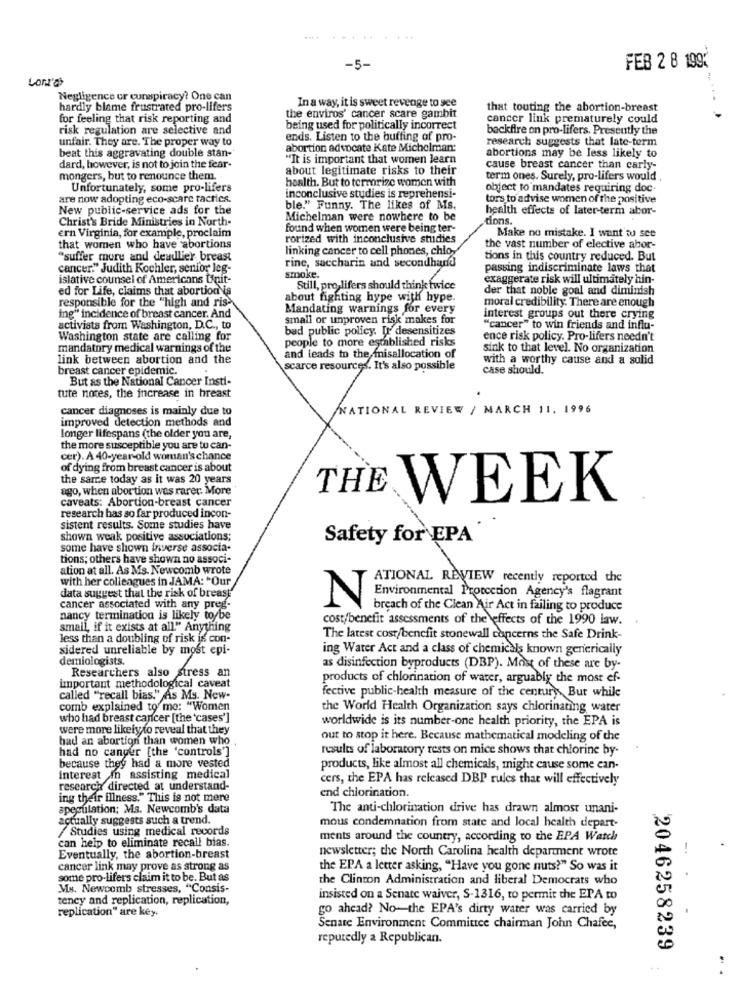
FEB 2 8 199%
-5-
Lon'a
Negligence or conspiracy? One can
In a way, it is sweet revenge to see
hardly blame frustrated pro-lifers
the enviros' cancer scare gambit
that touting the abortion-breast
for feeling that risk reporting and
cancer link prematurely could
risk regulation are selective and
being used for politically incorrect
backfire on pro-lifers. Presently the
unfair. They are. The proper way to
ends. Listen to the buffing of pro-
research suggests that late-term
beat this aggravating double stan-
abortion advocate Kate Michelman:
"It is important that women learn
abortions may be less likely to
dard, however, is not to join the fear-
about legitimate risks to their
cause breast cancer than carly-
mongers, but to renounce them.
hoalth. But to termrize women with
term ones. Surely, pro-lifers would
Unfortunately, some pro-lifers
object to mandates requiring doc-
are now adopting eco-scare tactics.
inconclusive studies is reprehensi-
tors to advise women of the positive
New public-service ads for the
ble." Funny. The likes of Ms.
health effects of later-term abor-
Christ's Bride Ministries in North-
Michelman were nowhere to be
tions.
found when women were being ter-
ern Virginia, for example, proclaim
rorized with inconclusive studies
Make no mistake. I want to see
that women who have abortions
linking cancer to cell phones, chlo,
the vast number of elective abor-
"suffer more and deadlier breast
tions in this country reduced. But
cancer." Judith Kochler, senior leg-
rine, saccharin and secondhand
passing indiscriminate laws that
islative counsel of Americans Unit-
smoke.
exaggerate risk will ultimately hin-
ed for Life, claims that abortion is
Still, pro lifers should think twice
der that noble goal and diminish
responsible for the "high and ris-
about fighting hype with hype.
moral credibility. There are enough
Mandating warnings for every
ing" incidence of breast cancer. And
small or unproven risk makes for
interest groups out there crying
activists from Washington, D.C ., to
bad public policy. Ir desensitizes
"cancer" to win friends and influ-
Washington state are calling for
people to more established risks
ence risk policy. Pro-lifers needn't
mandatory medical warnings of the
sink to that level. No organization
link between abortion and the
and leads to the misallocation of
with a worthy cause and a solid
breast cancer epidemic.
scarce resources. It's also possible
case should.
But as the National Cancer Insti-
tute notes, the increase in breast
cancer diagnoses is mainly due to
NATIONAL REVIEW / MARCH 11. 1996
improved detection methods and
longer lifespans (the older you are,
the more susceptible you are tu can-
cer). A 40-year-old woman's chance
of dying from breast cancer is about
the sarre today as it was 20 years
ago, when abortion was rarer. More
THE
caveats: Abortion-breast cancer
WEEK
research has so far produced incon-
sistent results. Some studies have
shown weak positive associations;
Safety for EPA
some have shown inverse associa-
tions; others have shown no associ-
ation at all. As Mis. Newcomb wrote
with her colleagues in JAMA: "Our
ATIONAL REVIEW recently reported the
data suggest that the risk of breast
Environmental Protection Agency's flagrant
cancer associated with any preg-
breach of the Clean Air Act in failing to produce
nancy termination is likely to be
cost/benefit assessments of the effects of the 1990 law.
smail, if it exists at all." Anything
less than a doubling of risk is con-
The latest cost/benefit stonewall concerns the Safe Drink-
sidered unreliable by most epi-
ing Water Act and a class of chemicals known generically
demiologists.
Researchers also stress an
as disinfection byproducts (DBP). Most of these are by-
products of chlorination of water, arguably the most ef-
important methodological caveat
fective public-health measure of the century. But while
called "recall bias." As Ms. New-
comb explained to mo: "Women
the World Health Organization says chlorinating water
who had breast cancer [the 'cases']
worldwide is its number-one health priority, the EPA is
were more likely to reveal that they
had an abortion than women who
out to stop it here. Because mathematical modeling of the
had no canger [the 'controls']
results of laboratory rests on mice shows that chlorine by-
because they had a more vested
products, like almost all chemicals, might cause some can-
Interest in assisting medical
cers, the EPA has released DBP rules that will effectively
research directed at understand-
end chlorination.
ing their illness." This is not mere
speculation; Ms. Newcomb's data
The anti-chlorination drive has drawn almost unani-
actually suggests such a trend.
mous condemnation from state and local health depart-
/Studies using medical records
can help to eliminate recall bias.
ments around the country, according to the EPA Watch
newsletter; the North Carolina health department wrote
-.
Eventually, the abortion-breast
cancer link may prove as strong as
the EPA a letter asking, "Have you gone nuts?" So was it
some pro-lifers claim it to be. But as
the Clinton Administration and liberal Democrats who
Ms. Newcomb stresses, "Consis-
tency and replication, replication,
insisted on a Senate waiver, S-1316, to permit the EPA to
replication" are key.
go ahead? No-the EPA's dirty water was carried by
Senate Environment Committee chairman John Chafee,
reputedly a Republican.
2046258239
..
.